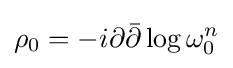
\rho _{0}=-i\partial {\bar {\partial }}\log \omega _{0}^{n}